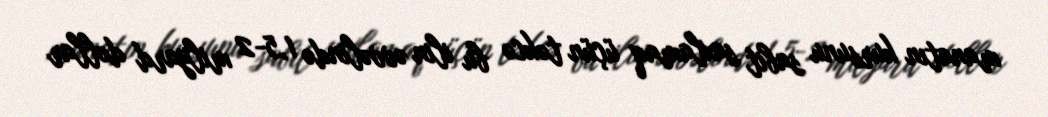
manatın kursunu sabit saxlamaq üçün təkcə bu ilin əvvəlində 1,5-2 milyard dollar